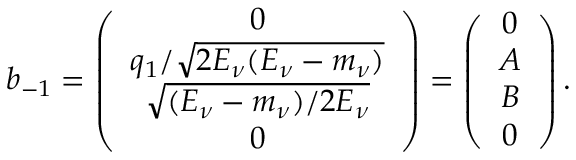
b _ { - 1 } = \left( \begin{array} { c } { { 0 } } \\ { { q _ { 1 } / \sqrt { 2 E _ { \nu } ( E _ { \nu } - m _ { \nu } ) } } } \\ { { \sqrt { ( E _ { \nu } - m _ { \nu } ) / 2 E _ { \nu } } } } \\ { { 0 } } \end{array} \right) = \left( \begin{array} { c } { { 0 } } \\ { { A } } \\ { { B } } \\ { { 0 } } \end{array} \right) .